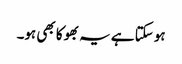
ہو سکتا ہے یہ بھوکا بھی ہو۔